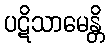
ပဋိသာမေန္တိ